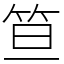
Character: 笪